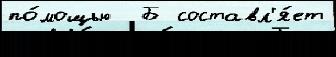
по́мощью  Б составл'я́ет